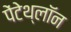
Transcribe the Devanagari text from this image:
पेंटेथ्लॉन